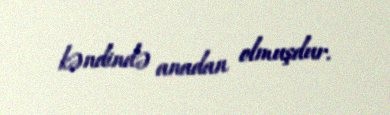
kəndində anadan olmuşdur.